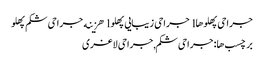
جراحی پهلوها l جراحی زیبایی پهلو l هزینه جراحی شکم پهلو
برچسب ها: جراحی شکم,جراحی لاغری